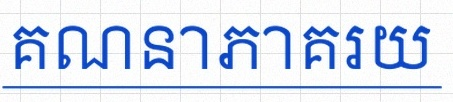
គណនាភាគរយ